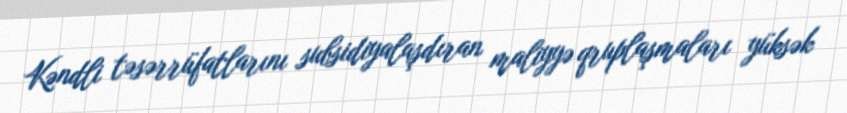
Kəndli təsərrüfatlarını subsidiyalaşdıran maliyyə qruplaşmaları yüksək